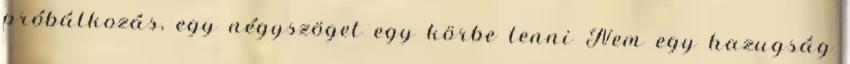
próbálkozás, egy négyszöget egy körbe tenni Nem egy hazugság